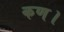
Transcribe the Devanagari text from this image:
कण।